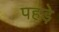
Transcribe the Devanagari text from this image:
पहड़े